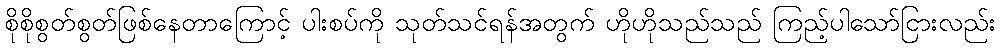
စိုစိုစွတ်စွတ်ဖြစ်နေတာကြောင့် ပါးစပ်ကို သုတ်သင်ရန်အတွက် ဟိုဟိုသည်သည် ကြည့်ပါသော်ငြားလည်း